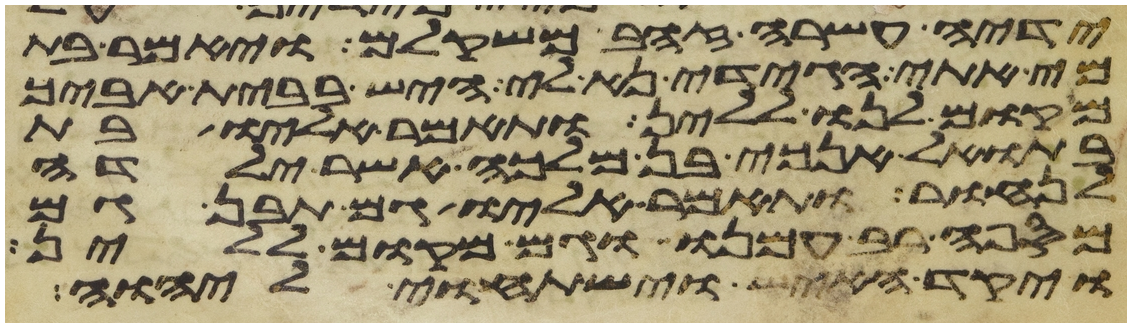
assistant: ידיה עשרה זהב משקלם ויאמר בת
מי אתי הגידי נא לי היש בבית אביך
מקום לנו ללין ותאמר אליו בת
בתואל אנכי בן מלכה אשר ילדה
לנחור ותאמר אליו גם תבן גם
מספה רב עמנו וגם מקום ללין
ויקד האיש וישתחוי ליהוה